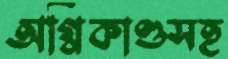
অগ্নিকাণ্ডসহ